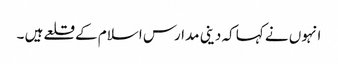
انہوں نے کہا کہ دینی مدارس اسلام کے قلعے ہیں ۔